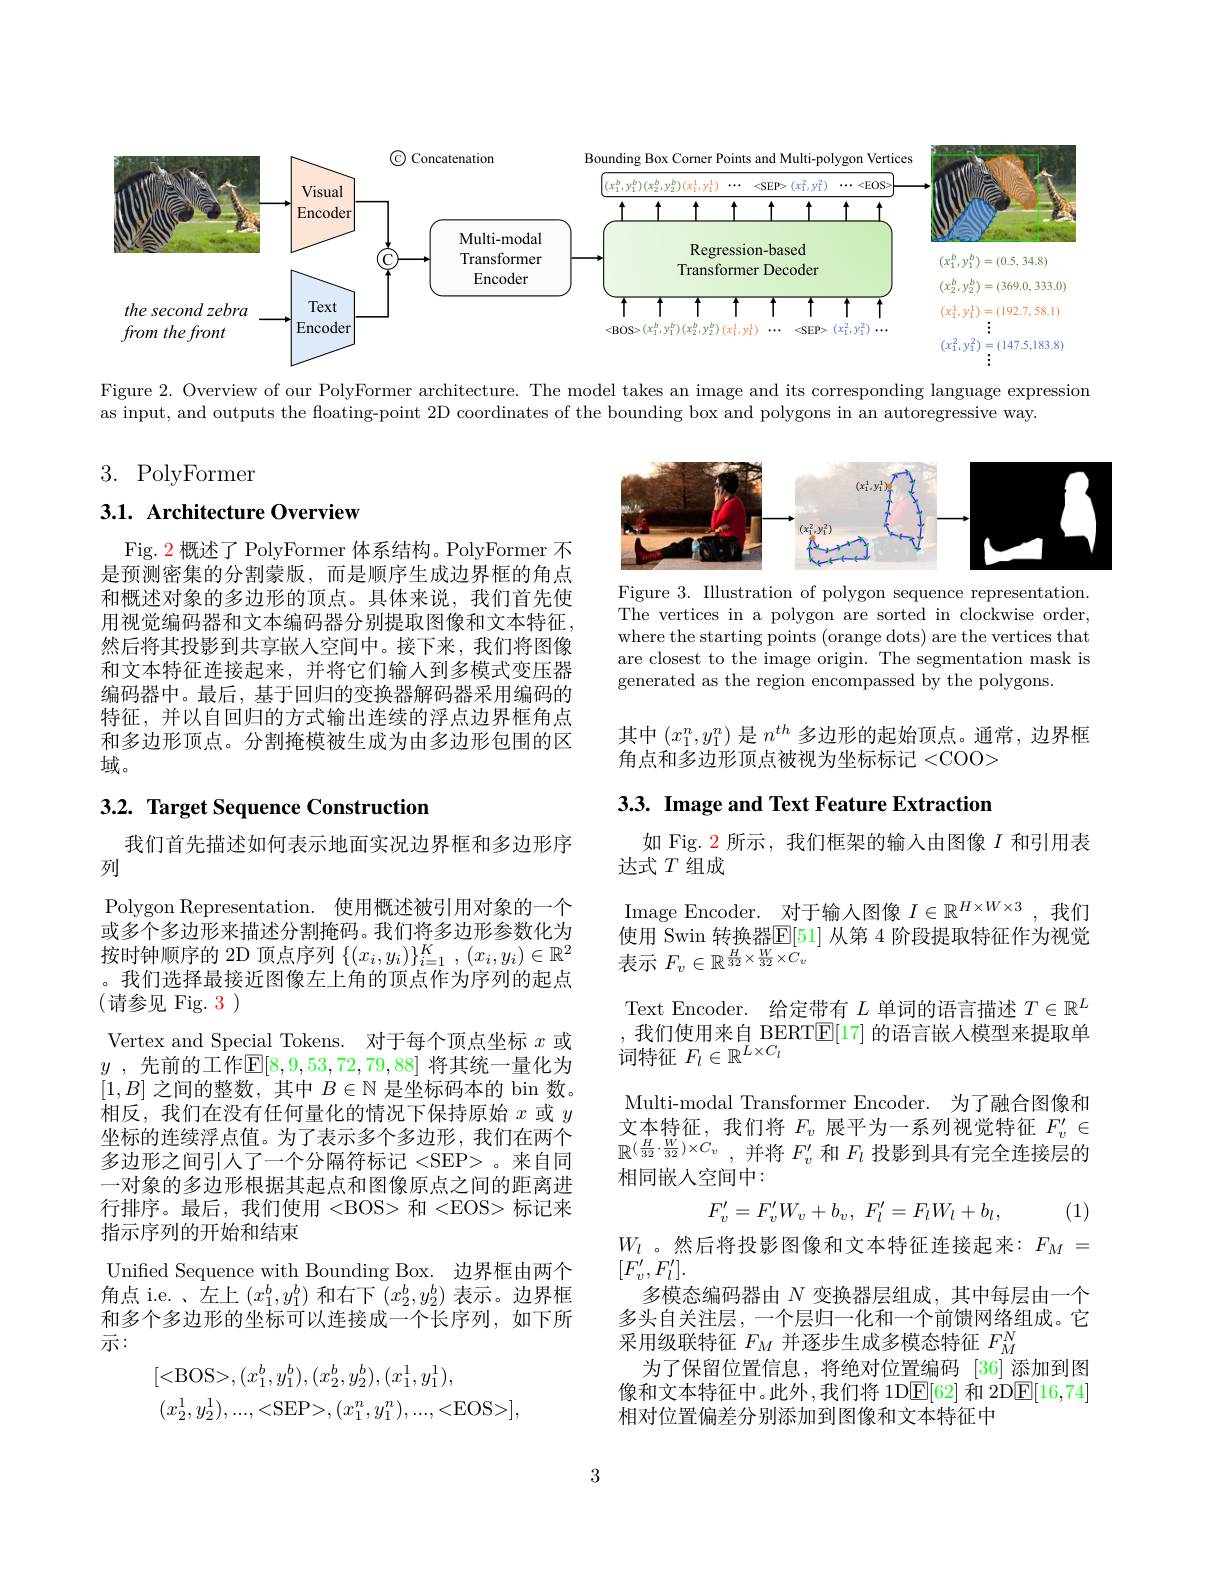
<FigureHere>

Figure 2. Overview of our PolyFormer architecture. The model takes an image and its corresponding language expression

as input, and outputs the floating-point 2D coordinates of the bounding box and polygons in an autoregressive way.

3. PolyFormer

## 3.1. Architecture Overview

<FigureHere>

Figure 3. Illustration of polygon sequence representation. The vertices in a polygon are sorted in clockwise order, where the starting points (orange dots) are the vertices that are closest to the image origin. The segmentation mask is generated as the region encompassed by the polygons.

Fig. $\color{red}{2\text{概述了 PolyFormer 体系结构。PolyFormer 不}}$ 是预测密集的分割蒙版，而是顺序生成边界框的角点和概述对象的多边形的顶点。具体来说，我们首先使用视觉编码器和文本编码器分别提取图像和文本特征。然后将其投影到共享嵌入空间中。接下来，我们将图像和文本特征连接起来，并将它们输入到多模式变压器编码器中。最后，基于回归的变换器解码器采用编码的特征，并以自回归的方式输出连续的浮点边界框角点和多边形顶点。分割掩模被生成为由多边形包围的区域。

其中$(x_1^n,y_1^n)$是$n^{th}$多边形的起始顶点。通常，边界框
角点和多边形顶点被视为坐标标记 <COO>

3.3. Image and Text Feature Extraction

## 3.2. Target Sequence Construction

如 Fig. 2 所示，我们框架的输入由图像$I$和引用表
达式$T$组成

Image Encoder. 对于输入图像$I\in\mathbb{R}^H\times W\times3$,我们使用 Swin 转换器$\mathbb{E}[51]$ 从第 4 阶段提取特征作为视觉表示$F_v\in\mathbb{R}^{\frac H{32}\times\frac W{32}}\times C_v$
Text Encoder. 给定带有$L$单词的语言描述$T\in\mathbb{R}^L$ ,我们使用来自 BERT$\mathbb{E}[17]$ 的语言嵌人模型来提取单词特征$F_l\in\mathbb{R}^L\times C_l$
Multi-modal Transformer Encoder. 为了融合图像和文本特征，我们将$F_v$展平为一系列视觉特征$F_v^{\prime}\in$ $\mathbb{R}^{(\frac H{32}\cdot\frac W{32})\times C_v}$,并将$F_v^\prime$和$F_l$投影到具有完全连接层的相同嵌人空间中：
$$F'_v=F'_vW_v+b_v,\:F'_l=F_lW_l+b_l,$$
我们首先描述如何表示地面实况边界框和多边形序
列
Polygon Representation. 使用概述被引用对象的一个或多个多边形来描述分割掩码。我们将多边形参数化为按时钟顺序的 2D 顶点序列$\{(x_i,y_i)\}_{i=1}^K,(x_i,y_i)\in\mathbb{R}^2$ 。我们选择最接近图像左上角的顶点作为序列的起点(请参见 Fig.3)
Vertex and Special Tokens. 对于每个顶点坐标$x$或$y$ ,先前的工作$\mathbb{E}[8,9,53,72,79,88]$ 将其统一量化为$[1,B]$之间的整数，其中$B\in\mathbb{N}$是坐标码本的 bin 数。相反，我们在没有任何量化的情况下保持原始$x$或$y$ 坐标的连续浮点值。为了表示多个多边形，我们在两个多边形之间引人了一个分隔符标记 <SEP> 。来自同一对象的多边形根据其起点和图像原点之间的距离进行排序。最后，我们使用<BOS> 和 <EOS> 标记来指示序列的开始和结束
Unified Sequence with Bounding Box. 边界框由两个角点 i.e. 、左上$(x_1^b,y_1^b)$和右下$\bar{(x_2^b,y_2^b)}$表示。边界框和多个多边形的坐标可以连接成一个长序列，如下所示：
$$\begin{aligned}&[<\mathrm{BOS>},(x_{1}^{b},y_{1}^{b}),(x_{2}^{b},y_{2}^{b}),(x_{1}^{1},y_{1}^{1}),\\&(x_{2}^{1},y_{2}^{1}),...,<\mathrm{SEP>},(x_{1}^{n},y_{1}^{n}),...,<\mathrm{EOS>}],\end{aligned}$$
(1)

$W_l$ 。然后将投影图像和文本特征连接起来：$F_M=$
$[F_{v}^{\prime},F_{l}^{\prime}].$
多模态编码器由$N$变换器层组成，其中每层由一个多头自关注层，一个层归一化和一个前馈网络组成。它采用级联特征$F_M$并逐步生成多模态特征$F_M^N$
为了保留位置信息，将绝对位置编码 [36]添加到图像和文本特征中。此外，我们将 1DE[62] 和 2D$\overline {E}$[ 16, 74] 相对位置偏差分别添加到图像和文本特征中

3